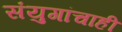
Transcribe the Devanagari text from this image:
संयुगांचाही